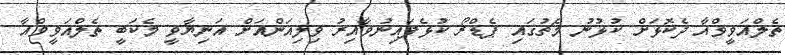
ތެލްއަވީވްއާ ދެކޮޅަށް ކުޅުނު މެޗުގައި ޕެޑްރޯ ކުޅެފައިނުވާއިރު ވިލިއަންއަށް އަނިޔާވީ މެކަބީ ތެލްއަވީވްއާ